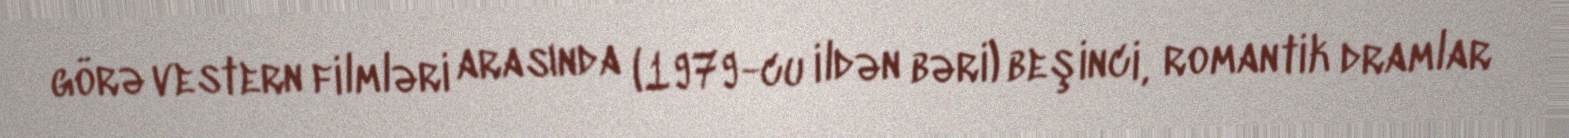
görə vestern filmləri arasında (1979-cu ildən bəri) beşinci, romantik dramlar